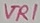
Text: VR1